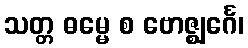
သတ္တ ဓမ္မေ စ ဗောဇ္ဈင်္ဂေ၊